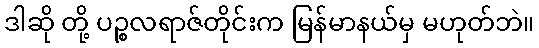
ဒါဆို တို့ ပဉ္စလရာဇ်တိုင်းက မြန်မာနယ်မှ မဟုတ်ဘဲ။